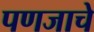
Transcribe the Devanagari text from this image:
पणजाचे